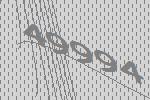
49994